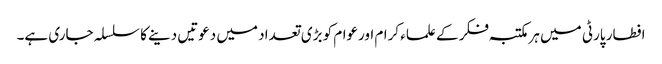
افطار پارٹی میں ہرمکتبہ فکر کے علماء کرام اورعوام کو بڑی تعداد میں دعوتیں دینے کا سلسلہ جاری ہے۔